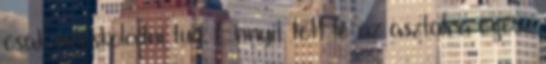
csak mocskolódni tud. Ennyit tett le az asztalra egész